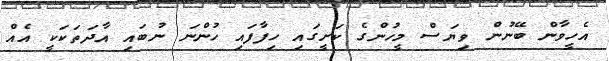
އެހީވާން ބޭނުން ވިޔަސް މީހުންގެ ކަށީގައި ހިފާފައި ހުންނަ ނުބައި އާދަތަކަކީ އެއް